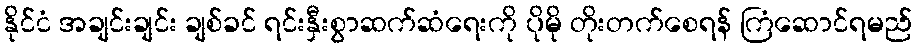
နိုင်ငံ အချင်းချင်း ချစ်ခင် ရင်းနှီးစွာဆက်ဆံရေးကို ပိုမို တိုးတက်စေရန် ကြံဆောင်ရမည်